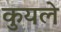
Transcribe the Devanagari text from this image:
कुयले